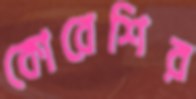
কোরেশির